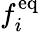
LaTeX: f_{i}^{\mathrm{eq}}